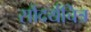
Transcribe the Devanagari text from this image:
सौंदर्यचित्र